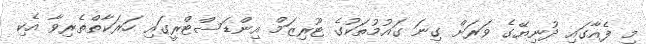
މި ފެއާގައި ދުނިޔޭގެ ވަރަށް ގިނަ ގައުމުތަކުގެ ޓޫރިޒަމް އިންޑަސްޓްރީގައި ހަރަކާތްތެރިވާ އެކި